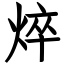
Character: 焠